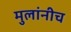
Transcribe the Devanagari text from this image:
मुलांनीच